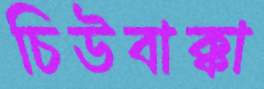
চিউবাক্কা